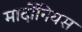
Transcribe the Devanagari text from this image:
मार्दोंनियस